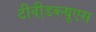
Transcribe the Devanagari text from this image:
टीवीडब्ल्यूएस